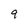
Character: 9